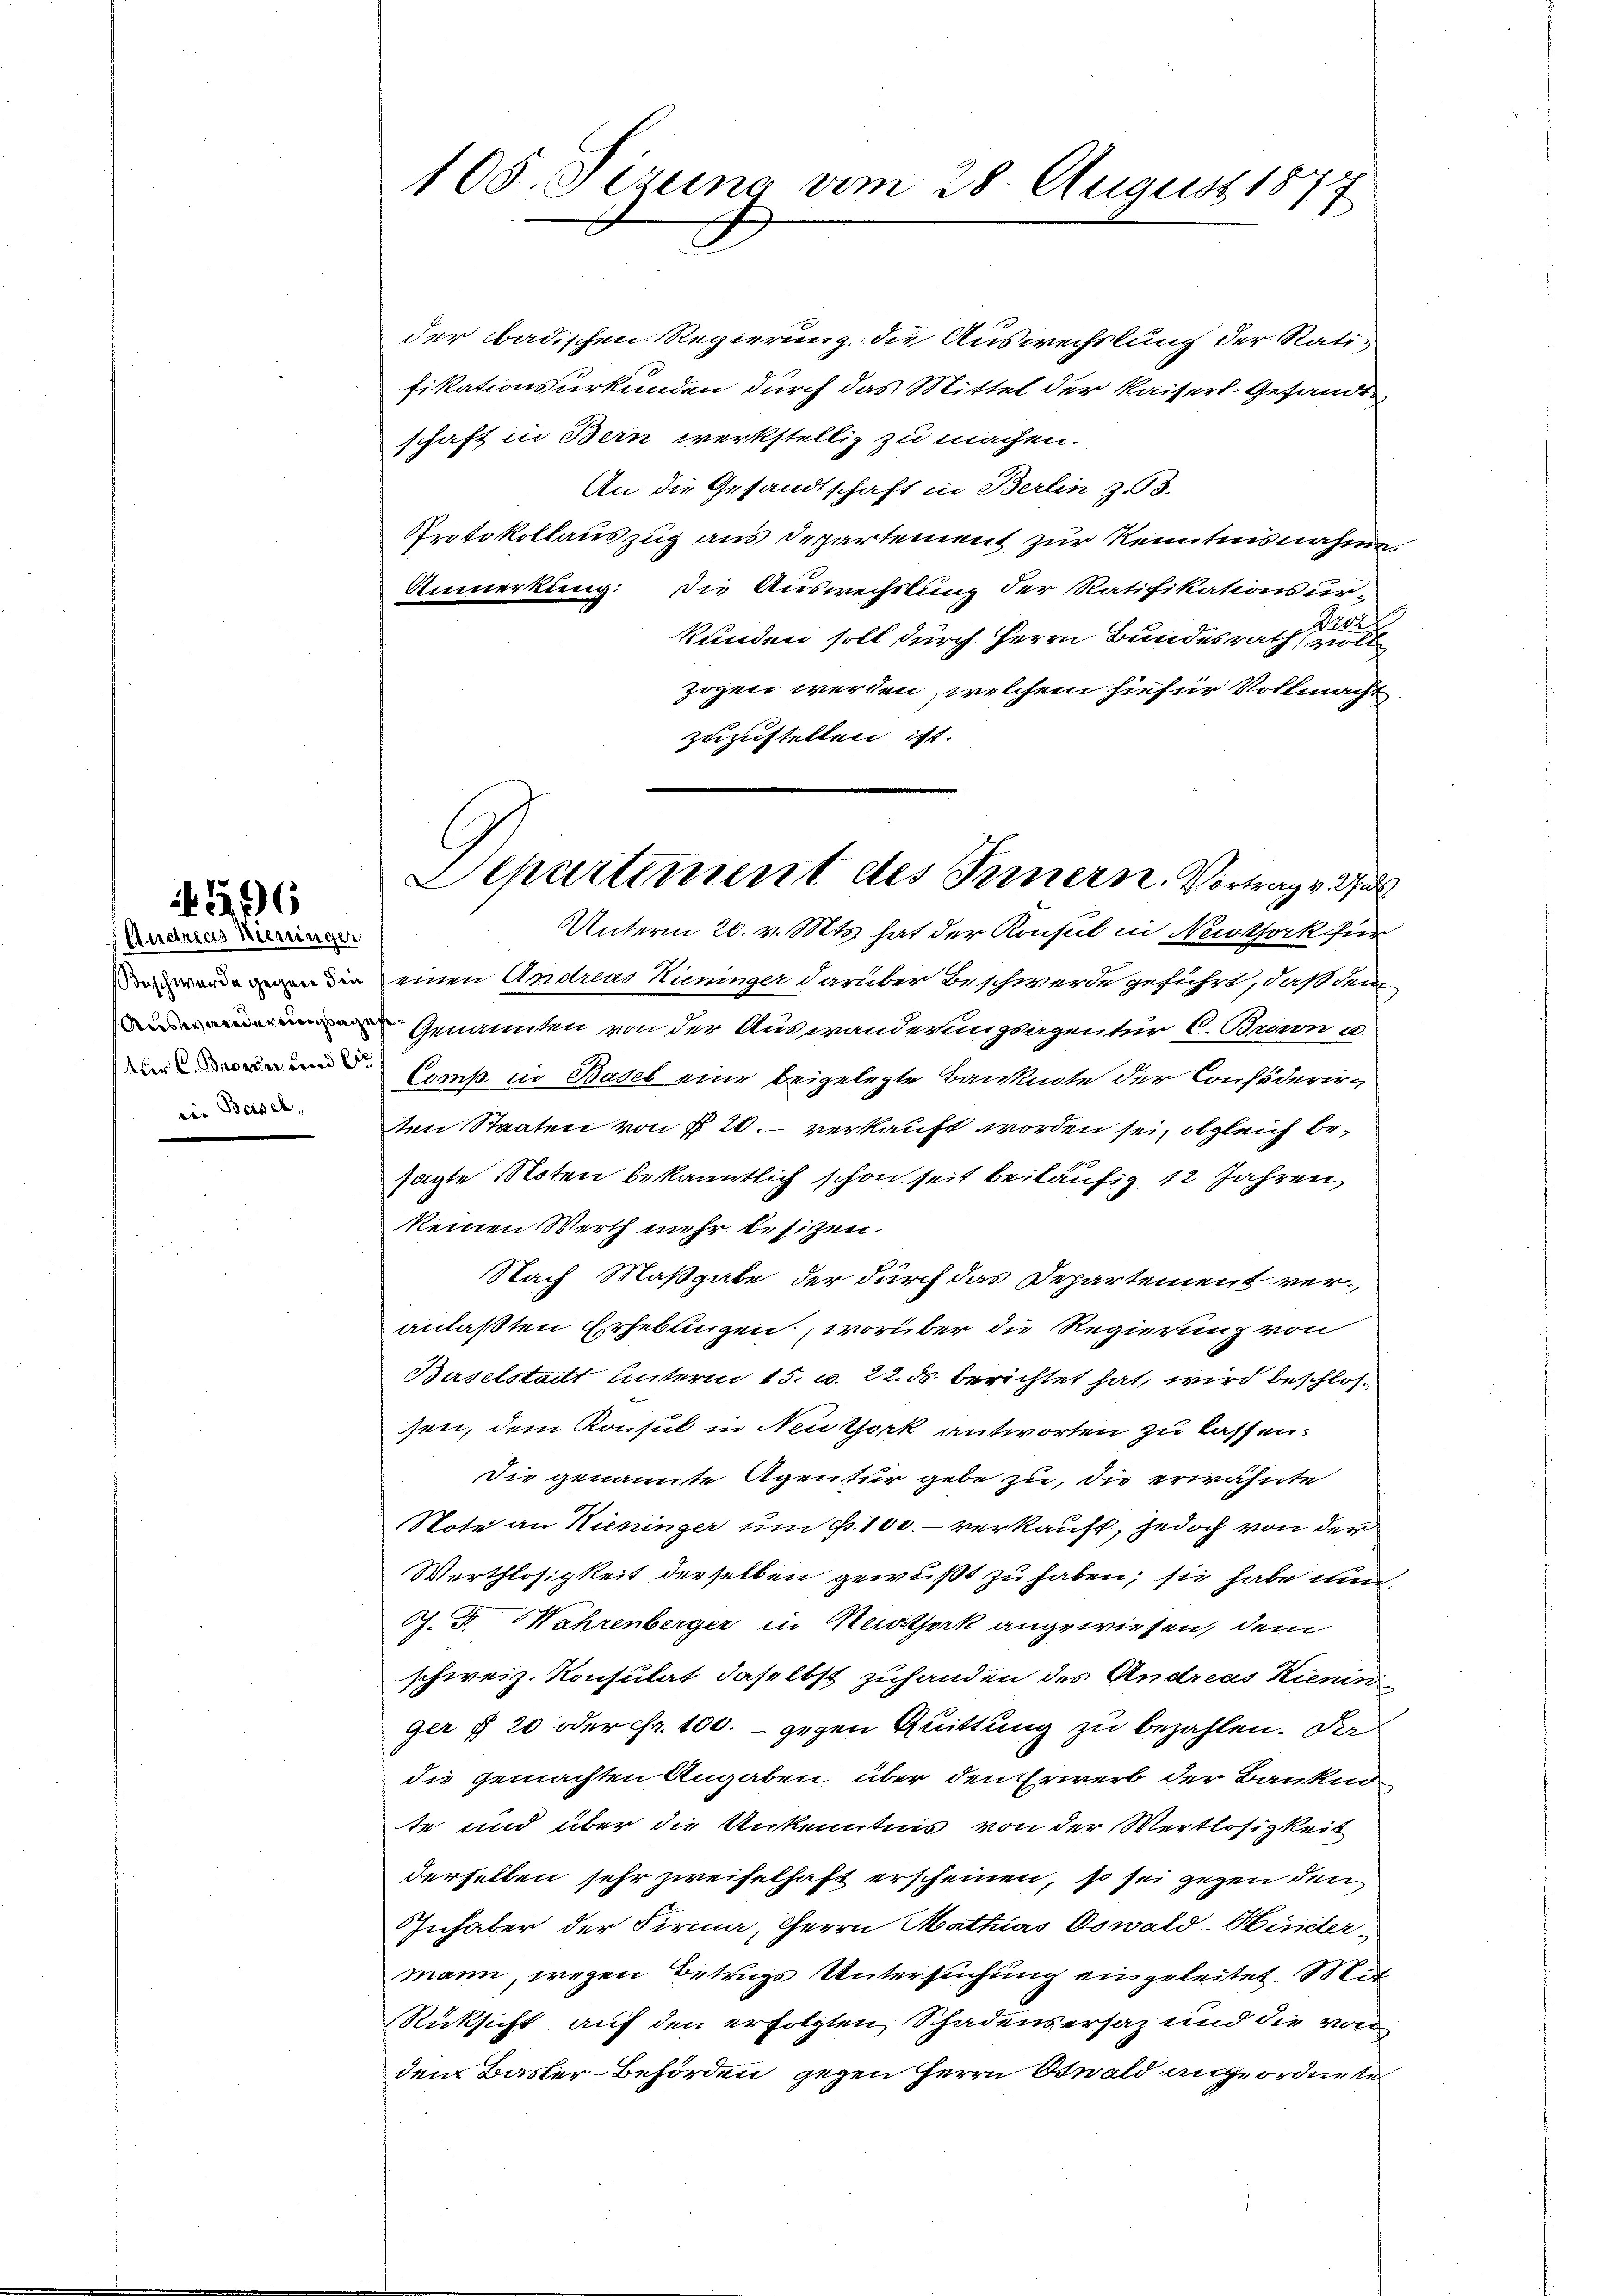
116

(Andreas Hieringer
Beschwerde gegen die
Auswanderungsage
tur C. Bern und sie

105. Sizung vom 28. August 1877

der badischen Regierung die Auswechslung der Ratifikationsurkunden durch das Mittel der Kaiserl. Gesandts
schaft in Bern werkstellig zu machen.
An die Gesandtschaft in Berlin z.98.
Protokollauszug aus Departement zur Kenntnisnahme
Anmerkung: Die Auswechslung der Ratifikationsur-
14
A.
kunden soll durch Herrn Bundesrath voll
zogen werden, welchem hiefür Vollmacht
zuzustellen ist.
einen Andreas Kieninger darüber Beschwerde geführt, daß dem
Genannten von der Auswanderungsagentur C. Brunn u.
Comp. in Basel eine beigelegte Banknote der Considerirten Staaten von § 20. verkauft worden sei, obgleich besagte Noten bekanntlich schon seit beiläufig 12 Jahren
keinen Werth mehr besitzen.
Nach Maßgabe der durch das Departement veranlaßten Erhebungen, worüber die Regierung von
Baselstadt Unterm 15. v. 22. ds berichtet hat, wird beschlossen, dem Konsul in Neuzerkantworten zu lassen.
Die genannte Agentur gebe zu, die erwähnte
Note an Kieninger um P. 100. - verkauft, jedoch von der
Werthlosigkeit derselben gewußt zu haben; sie habe nun¬
Ch. F. Währenberger in Nestock angewiesen, dem
schweiz. Konsulat daselbst zuhanden des Andreas Kienin
ger § 20 oder Fr. 100. - gegen Quittung zu bezahlen. Da
die gemachten Angaben über den Erwerb der Bankno
te und über die Unkenntnis von der Wertlosigkeit
derselben sehr zweifelhaft erscheinen, so sei gegen den
Inhaber der Firma, Herrn Mathias Oswald-Huntermann wegen Betrugs Untersuchung eingeleitet. Mit
Rücksicht auf den erfolgten Schadensersatz und die von
dem Basler-Behörden, gegen Herrn Otwald angeordnete

Separtiment des Innern. Vortrag v.
Unterm 20. v. Mts. hat der Konsul in Neuthork für